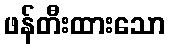
ဖန်တီးထားသော